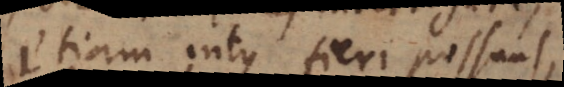
etiam intus fieri possunt,